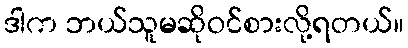
ဒါက ဘယ်သူမဆိုဝင်စားလို့ရတယ်။